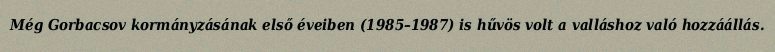
Még Gorbacsov kormányzásának első éveiben (1985–1987) is hűvös volt a valláshoz való hozzáállás.